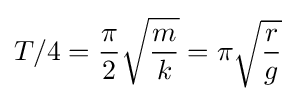
T/4={\frac {\pi }{2}}{\sqrt {\frac {m}{k}}}=\pi {\sqrt {\frac {r}{g}}}